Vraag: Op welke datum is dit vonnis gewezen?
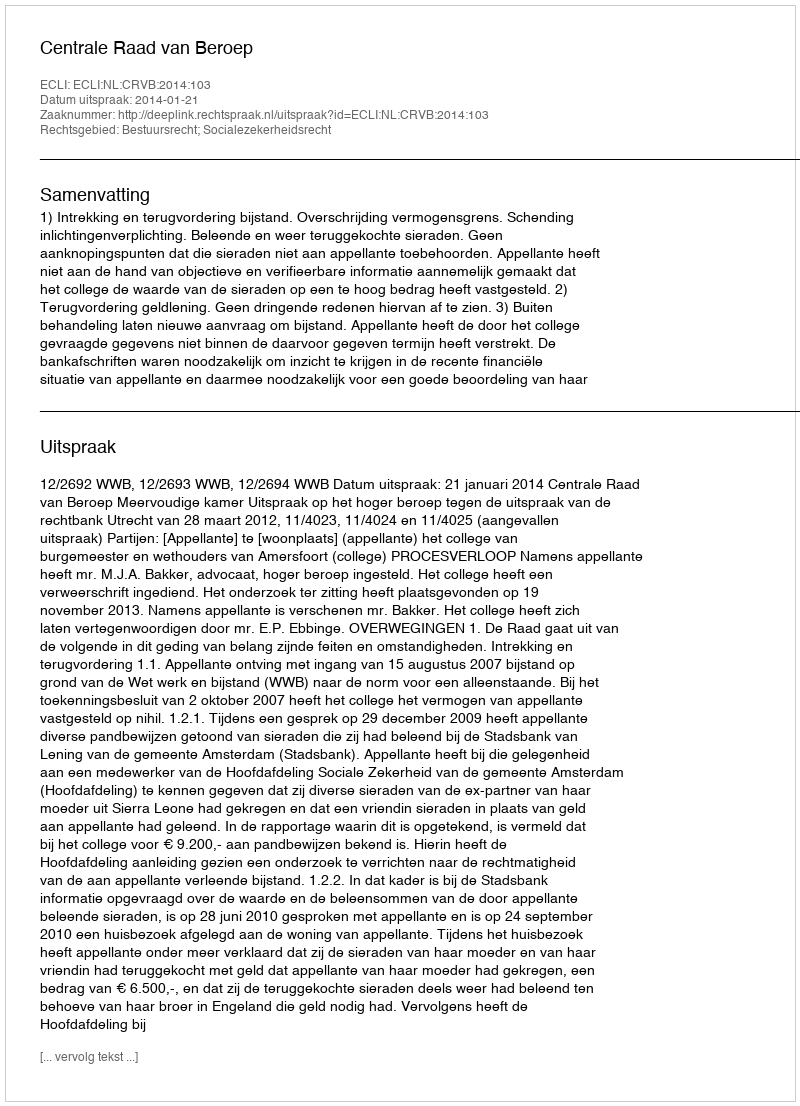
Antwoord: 2014-01-21